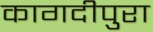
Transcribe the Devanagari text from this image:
कागदीपुरा